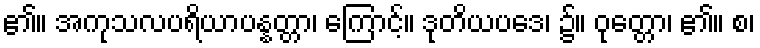
၏။ အကုသလပရိယာပန္နတ္တာ၊ ကြောင့်။ ဒုတိယပဒေ၊ ၌။ ဝုတ္တော၊ ၏။ စ၊